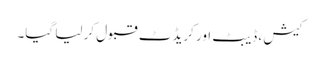
کیش ، ڈیبٹ اور کریڈٹ قبول کر لیا گیا۔